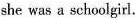
she was a schoolgirl.